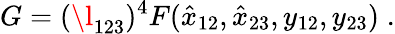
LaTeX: G=(\l_{123})^{4}F(\hat{x}_{12},\hat{x}_{23},y_{12},y_{23})\; .